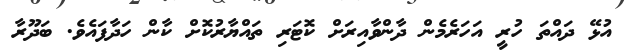
އުޅޭ ދައްތަ ހުރީ އަހަރެމެން ދާންވާއިރަށް ކޮޓަރި ތައްޔާރުކޮށް ކާން ހަދާފައެވެ. ބަދޫރާ